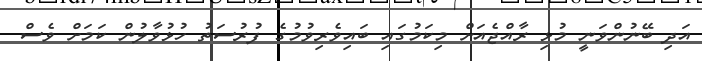
އަދި ބޭނުންވަނީ މުޅި ރާއްޖެއަށް މިކަމުގައި ބައިވެރިވުމުގެ ފުރުސަތު ހުޅުވާލުން ކަމަށް ވެސް